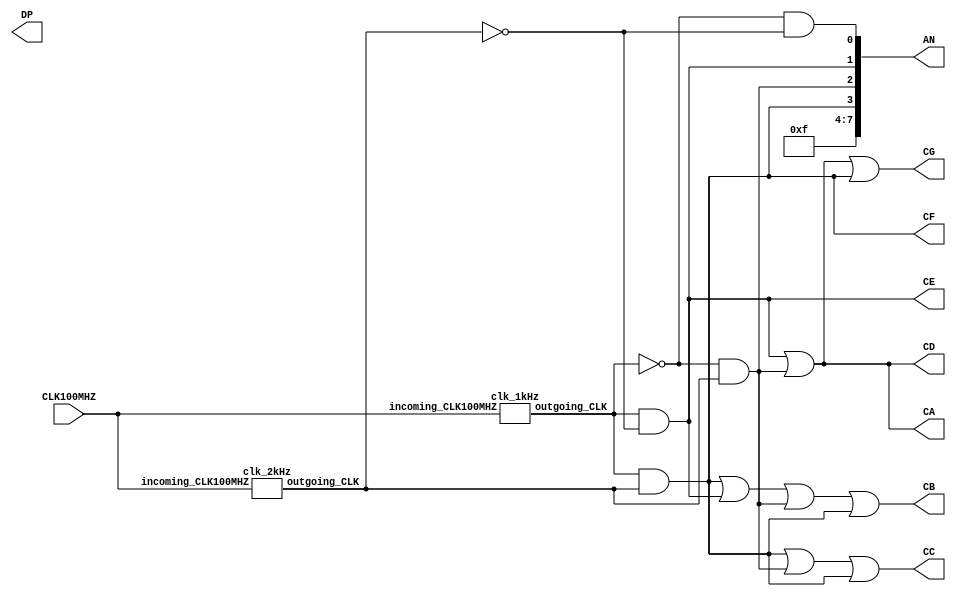
module display(
  input CLK100MHZ,
  output [7:0] AN,
  output CA,CB,CC,CD,CE,CF,CG,DP
);
  clk_1kHz gate1(CLK100MHZ,CLK_1kHz);
  clk_2kHz gate2(CLK100MHZ,CLK_2kHz);
  
  wire [7:0] C0;
  wire [7:0] C1;
  wire [7:0] C2;
  wire [7:0] C3;
  
  assign C0[7:0] = 8'b0110_0001;
  assign C1[7:0] = 8'b1101_1011;
  assign C2[7:0] = 8'b1111_0011;
  assign C3[7:0] = 8'b0110_0111;
  
  assign AN[7:4] = 8'b1111_11; 
  assign AN[0] = ~CLK_1kHz & ~CLK_2kHz;   
  assign AN[1] = CLK_1kHz & ~CLK_2kHz;
  assign AN[2] = ~CLK_1kHz & CLK_2kHz;
  assign AN[3] = CLK_1kHz & CLK_2kHz;
  
  assign CA = CLK_1kHz & CLK_2kHz & C0[7] | CLK_1kHz & ~CLK_2kHz & C1[7] | ~CLK_1kHz & CLK_2kHz & C2[7] | CLK_1kHz & CLK_2kHz & C3[7]; 
  assign CB = CLK_1kHz & CLK_2kHz & C0[6] | CLK_1kHz & ~CLK_2kHz & C1[6] | ~CLK_1kHz & CLK_2kHz & C2[6] | CLK_1kHz & CLK_2kHz & C3[6];
  assign CC = CLK_1kHz & CLK_2kHz & C0[5] | CLK_1kHz & ~CLK_2kHz & C1[5] | ~CLK_1kHz & CLK_2kHz & C2[5] | CLK_1kHz & CLK_2kHz & C3[5];
  assign CD = CLK_1kHz & CLK_2kHz & C0[4] | CLK_1kHz & ~CLK_2kHz & C1[4] | ~CLK_1kHz & CLK_2kHz & C2[4] | CLK_1kHz & CLK_2kHz & C3[4];
  assign CE = CLK_1kHz & CLK_2kHz & C0[3] | CLK_1kHz & ~CLK_2kHz & C1[3] | ~CLK_1kHz & CLK_2kHz & C2[3] | CLK_1kHz & CLK_2kHz & C3[3];
  assign CF = CLK_1kHz & CLK_2kHz & C0[2] | CLK_1kHz & ~CLK_2kHz & C1[2] | ~CLK_1kHz & CLK_2kHz & C2[2] | CLK_1kHz & CLK_2kHz & C3[2];
  assign CG = CLK_1kHz & CLK_2kHz & C0[1] | CLK_1kHz & ~CLK_2kHz & C1[1] | ~CLK_1kHz & CLK_2kHz & C2[1] | CLK_1kHz & CLK_2kHz & C3[1];
  
endmodule

module clk_1kHz(
    input incoming_CLK100MHZ,
    output reg outgoing_CLK
    );
   
    reg[16:0] ctr=0;
    
    always @ (posedge incoming_CLK100MHZ) begin
        if (ctr == 49_999) begin
            outgoing_CLK <= 1'b1;
            ctr <= ctr + 1;            
        end else if (ctr == 99_999) begin
            outgoing_CLK <= 1'b0;
            ctr <= 0;
        end else begin
            ctr <= ctr + 1;
        end
    end
endmodule
module clk_2kHz(
    input incoming_CLK100MHZ,
    output reg outgoing_CLK
    );
   
    reg[16:0] ctr=0;
    
    always @ (posedge incoming_CLK100MHZ) begin
      if (ctr == 99_999) begin
            outgoing_CLK <= 1'b1;
            ctr <= ctr + 1;            
        end else if (ctr == 199_999) begin
            outgoing_CLK <= 1'b0;
            ctr <= 0;
        end else begin
            ctr <= ctr + 1;
        end
    end
endmodule